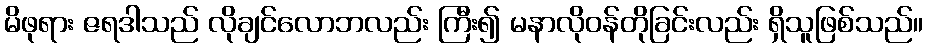
မိဖုရား ဇရဒါသည် လိုချင်လောဘလည်း ကြီး၍ မနာလိုဝန်တိုခြင်းလည်း ရှိသူဖြစ်သည်။